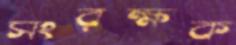
সংরক্ষক